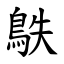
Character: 䳀